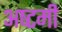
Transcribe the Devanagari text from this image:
अष्‍टमी